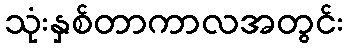
သုံးနှစ်တာကာလအတွင်း